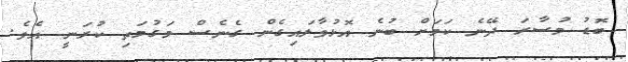
ބޮޑު މުސާރަ ދޭނެ ކަމަށް ބުނެ އޮޅުވާލައިގެން ގެނެސް މަގުމަތި ކުރަނީ އެވެ.